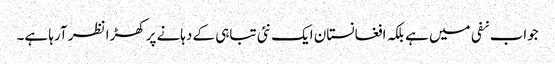
جواب نفی میں ہے بلکہ افغانستان ایک نئی تباہی کے دہانے پرکھڑا نظر آرہا ہے۔